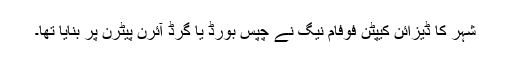
شہر کا ڈیزائن کیپٹن فوفام نیگ نے چپس بورڈ یا گرڈ آئرن پیٹرن پر بنایا تھا۔